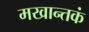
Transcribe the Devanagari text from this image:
मखान्तकं